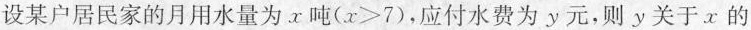
设某户居民家的月用水量为x吨($$x>7$$)，应付水费为y元，则y关于x的